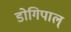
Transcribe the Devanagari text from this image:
डोगिपाल्